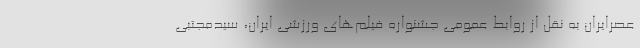
عصرایران به نقل از روابط عمومی جشنواره فیلم‌های ورزشی ایران، سیدمجتبی